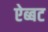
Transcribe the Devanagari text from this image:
ऐब्बट